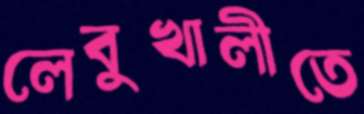
লেবুখালীতে